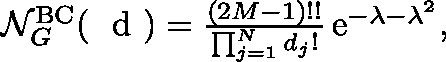
\begin{array} { r } { \mathcal { N } _ { G } ^ { \mathrm { B C } } ( \mathrm { ~ \boldmath ~ d ~ } ) = \frac { ( 2 M - 1 ) ! ! } { \prod _ { j = 1 } ^ { N } d _ { j } ! } \, \mathrm { e } ^ { - \lambda - \lambda ^ { 2 } } , } \end{array}